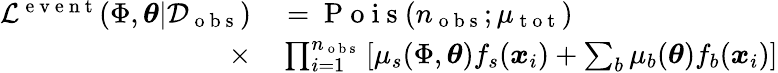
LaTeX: \begin{array}{rl}{\mathcal{L}^{\mathrm{~e~v~e~n~t~}}(\Phi,\mathbf{\boldsymbol{\theta}}|\mathcal{D}_{\mathrm{~o~b~s~}})}&{{}=\mathrm{~P~o~i~s~}(n_{\mathrm{~o~b~s~}};\mu_{\mathrm{~t~o~t~}})}\\ {\times}&{{}\prod_{i=1}^{n_{\mathrm{~o~b~s~}}}\left[\mu_{s}(\Phi,\boldsymbol{\theta})f_{s}(\boldsymbol{x}_{i})+\sum_{b}\mu_{b}(\boldsymbol{\theta})f_{b}(\boldsymbol{x}_{i})\right]}\end{array}